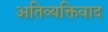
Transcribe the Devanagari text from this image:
अतिव्यक्तिवाद